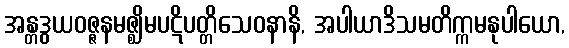
အန္တဒွယဝဇ္ဇနမဇ္ဈိမပဋိပတ္တိသေဝနာနိ, အပါယာဒိသမတိက္ကမနုပါယော,